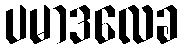
ပမာဒလေခ